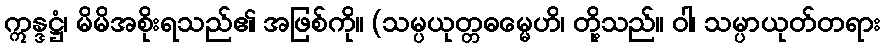
ဣန္ဒဋ္ဌံ၊ မိမိအစိုးရသည်၏ အဖြစ်ကို။ (သမ္ပယုတ္တဓမ္မေဟိ၊ တို့သည်။ ဝါ၊ သမ္ပာယုတ်တရား